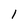
Character: 1